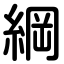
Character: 綱